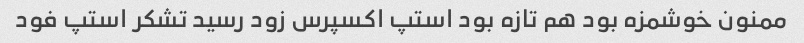
ممنون خوشمزه بود هم تازه بود استپ اکسپرس زود رسید تشکر استپ فود